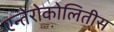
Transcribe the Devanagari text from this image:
एन्तेरोकोलितीस